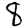
Digit: 8